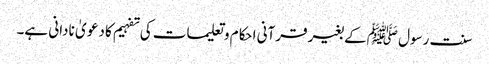
سنت رسول ﷺکے بغیر قرآنی احکام و تعلیمات کی تفہیم کا دعو یٰ نادانی ہے۔